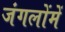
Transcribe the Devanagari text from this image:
जंगलोंमें